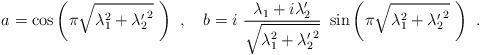
\begin{align*}a= \cos \left(\pi \sqrt{\lambda_1^2+{\lambda'_2}^2}~\right)~, ~~~b= i ~{\lambda_1+ i \lambda'_2\over \sqrt{\lambda_1^2+{\lambda'_2}^2}}~\sin \left(\pi \sqrt{\lambda_1^2+{\lambda'_2}^2}~\right)~.\end{align*}